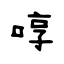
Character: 啍